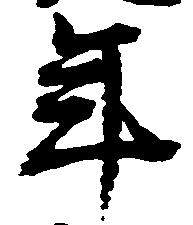
年